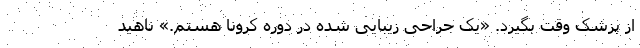
از پزشک وقت بگیرد. «یک جراحی زیبایی شده در دوره کرونا هستم.» ناهید